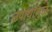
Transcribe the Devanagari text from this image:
उपायांमुळे